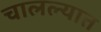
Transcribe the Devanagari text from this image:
चालल्यात